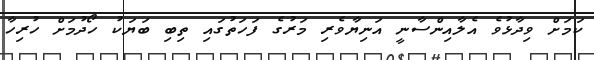
ކަމަށް ވިދާޅުވެ އެލާއިންސާނީ އަނިޔާވެރި މަރުގެ ފަހަތުގައި ތިބި ބަޔަކު ހޯދުމަށް ހުރިހާ